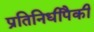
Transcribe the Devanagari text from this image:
प्रतिनिधीपैकी